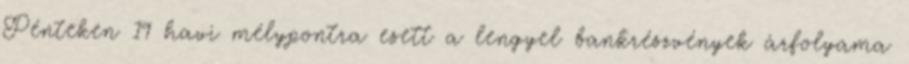
Pénteken 19 havi mélypontra esett a lengyel bankrészvények árfolyama